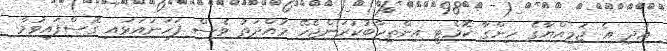
އަދި އެ ޖަމިއްޔާގެ ހިންގާ ކޮމެޓީ އިންތިހާބުކުރަންޖެހޭ މުއްދަތު ވެސް ފަހަނައަޅައި ގޮސްފައިވުމާ